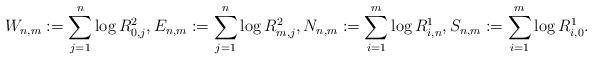
LaTeX: \begin{align*} W_{n,m}:= \sum_{j=1}^n \log R^2_{0,j},E_{n,m}:=\sum_{j=1}^n \log R^2_{m,j}, N_{n,m}:=\sum_{i=1}^m \log R^1_{i,n}, S_{n,m}:=\sum_{i=1}^m \log R^1_{i,0}. \end{align*}